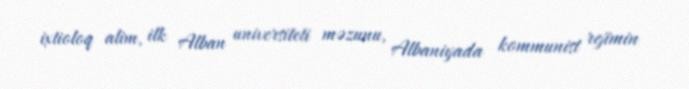
ixtioloq alim, ilk Alban universiteti məzunu, Albaniyada kommunist rejimin